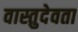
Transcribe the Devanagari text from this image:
वास्तुदेवता